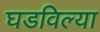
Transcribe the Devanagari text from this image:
घडविल्या